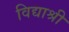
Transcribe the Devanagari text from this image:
विद्याश्री